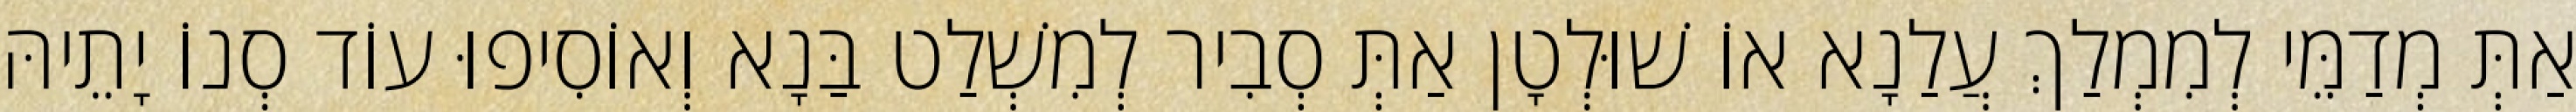
אַתְּ מְדַמֵּי לְמִמְלַךְ עֲלַנָא אוֹ שׁוּלְטָן אַתְּ סְבִיר לְמִשְׁלַט בַּנָא וְאוֹסִיפוּ עוֹד סְנוֹ יָתֵיהּ